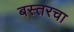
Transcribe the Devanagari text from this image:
बस्तरचा